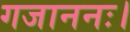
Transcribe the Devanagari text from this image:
गजाननः।